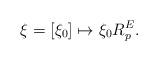
LaTeX: \begin{align*} \xi = [\xi_0] \mapsto \xi_0 R^E_p. \end{align*}